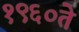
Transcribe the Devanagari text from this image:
१९६०ते